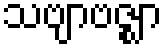
သဗျာဗဇ္ဈာ